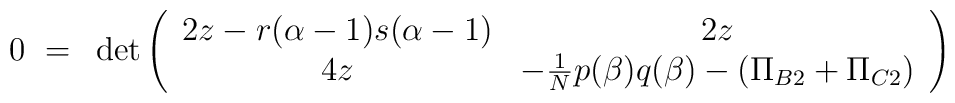
0 ~=~ \det \left(\begin{array}{cc}2z-r(\alpha-1)s(\alpha-1) & 2z \\4z & - {\mbox{\small{$\frac{1}{N}$}}} p(\beta)q(\beta) - (\Pi_{B2} + \Pi_{C2})\\\end{array}\right)